Annual administration report of the Civil Veterinary Department of India - 1899-1900
Year: 1899
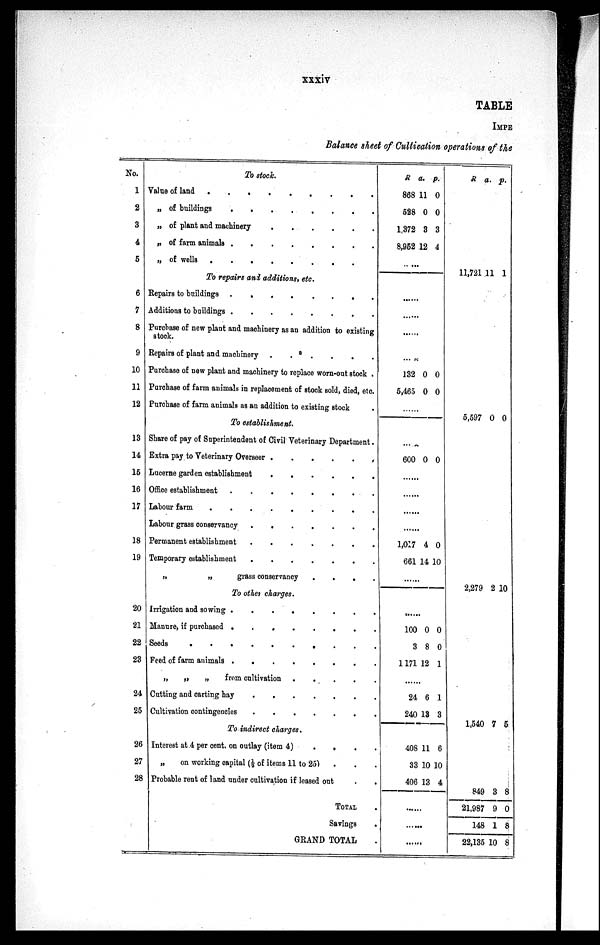
xxxiv
TABLE
IMPE
Balance sheet of Cultivation operations of the
No.
1
2
3
4
5
6
7
8
9
10
11
12
13
14
16
16
17
18
19
20
21
22
23
24
25
26
27
28
To stock.
Value of land
.
.
.
.
.
.
.
.
„ of buildings
.
.
.
.
.
.
.
.
„ of plant and machinery . . . . . . . .
„ of farm animals
.
.
.
.
.
.
.
.
„ of wells
.
.
.
.
.
.
.
.
To repairs and additions, etc.
Repairs to buildings
.
.
.
.
.
.
.
.
Additions to buildings
.
.
.
.
.
.
.
.
Purchase of new plant and machinery as an addition to existing
stock.
Repairs of plant and machinery .
.
.
.
.
.
Purchase of new plant and machinery to replace worn-out stock .
Purchase of farm animals in replacement of stock sold, died, etc.
Purchase of farm animals as an addition to existing stock
To establishment.
Share of pay of Superintendent of Civil Veterinary Department.
Extra pay to Veterinary Overseer . . . . . . . .
Lucerne garden establishment . . . . . . . .
Office establishment . . . . . . .
Labour farm
.
.
.
.
.
.
.
.
.
Labour grass conservancy
.
.
.
.
.
.
.
.
Permanent establishment
.
.
.
.
.
.
.
.
Temporary establishment
.
.
.
.
.
.
.
„
„
grass conservancy
.
.
.
.
To other charges.
Irrigation and sowing .
.
.
.
.
.
.
.
Manure, if purchased . . . . . . . . .
Seeds
.
.
.
.
.
.
.
.
Peed of farm animals
.
.
.
.
.
.
.
.
„
„
„
from cultivation .
.
.
.
.
Cutting and carting hay
.
.
.
.
.
.
Cultivation contingencies . . . . . . . .
To indirect charges.
Interest at 4 per cent. on outlay (item 4)
.
.
„
on working capital (½ of items 11 to 25)
Probable rent of land under cultivation if leased out
TOTAL .
Savings .
GRAND TOTAL .
R
868
528
1,372
8,952
a.
11
0
3
12
p.
0
0
3
4
......
......
......
......
......
132
5,465
0
0
0
0
......
......
600 0 0
......
......
......
......
1,017
661
4
14
0
10
......
......
100
3
1171
0
8
12
0
0
1
......
24
240
6
13
1
3
408
33
406
1
10
13
6
10
4
......
......
......
R
11,721
5,597
2,279
a.
11
0
2
p.
1
0
10
1,540 7
5
849
21,987
148
22,135
3
9
1
10
8
0
8
8